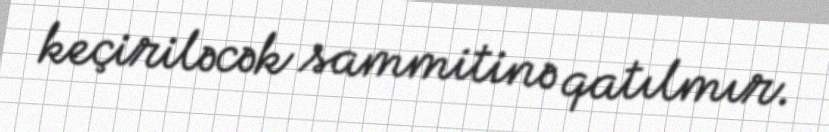
keçiriləcək sammitinə qatılmır.